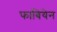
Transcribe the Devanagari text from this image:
फाबियेन